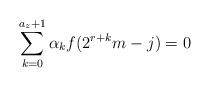
LaTeX: \begin{align*}\sum_{k=0}^{a_z+1}\alpha_kf(2^{r+k}m-j)=0\end{align*}